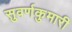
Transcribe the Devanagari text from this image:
सुवर्णकुमारी